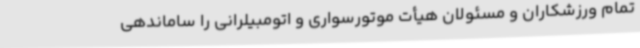
تمام ورزشکاران و مسئولان هیأت موتورسواری و اتومبیلرانی را ساماندهی